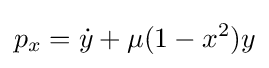
p_{x}={\dot {y}}+\mu (1-x^{2})y